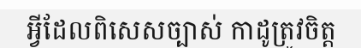
អ្វីដែលពិសេសច្បាស់ កាដូត្រូវចិត្ត